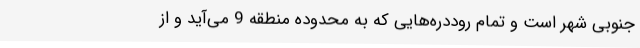
جنوبی شهر است و تمام روددره‌هایی که به محدوده منطقه 9 می‌آید و از